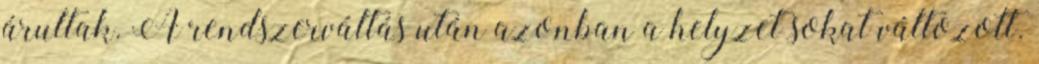
árultak. A rendszerváltás után azonban a helyzet sokat változott.